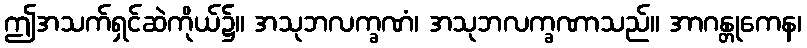
ဤအသက်ရှင်ဆဲကိုယ်၌။ အသုဘလက္ခဏံ၊ အသုဘလက္ခဏာသည်။ အာဂန္တုကေန၊